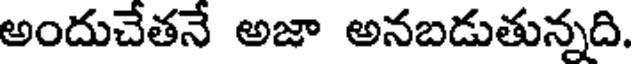
అందుచేతనే అజా అనబడుతున్నది.